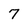
Character: 7